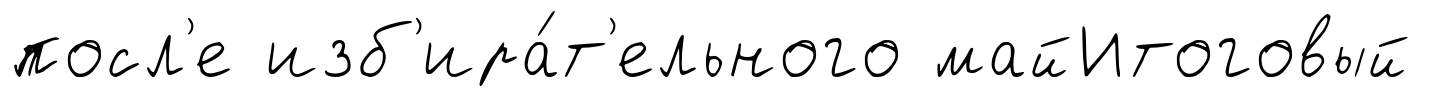
посл'е изб'ира́т'ельного майИтоговый